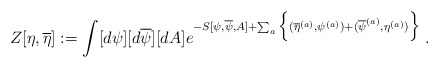
\begin{align*}Z[\eta,\overline{\eta}] := \int [d\psi][d\overline{\psi}][dA]e^{-S[\psi,\overline{\psi},A] + \sum_a \Big\{( \overline{\eta}^{(a)},\psi^{(a)} )+ (\overline{\psi}^{(a)},\eta^{(a)} ) \Big\} } \; .\end{align*}